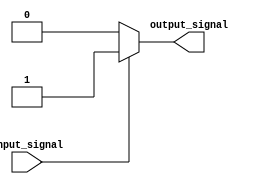
module assign_statement(input input_signal, output reg output_signal);

always @*
begin
    if(input_signal == 1'b1)
        output_signal = 1'b1;
    else
        output_signal = 1'b0;
end

endmodule